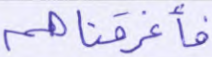
فأغرقناهم